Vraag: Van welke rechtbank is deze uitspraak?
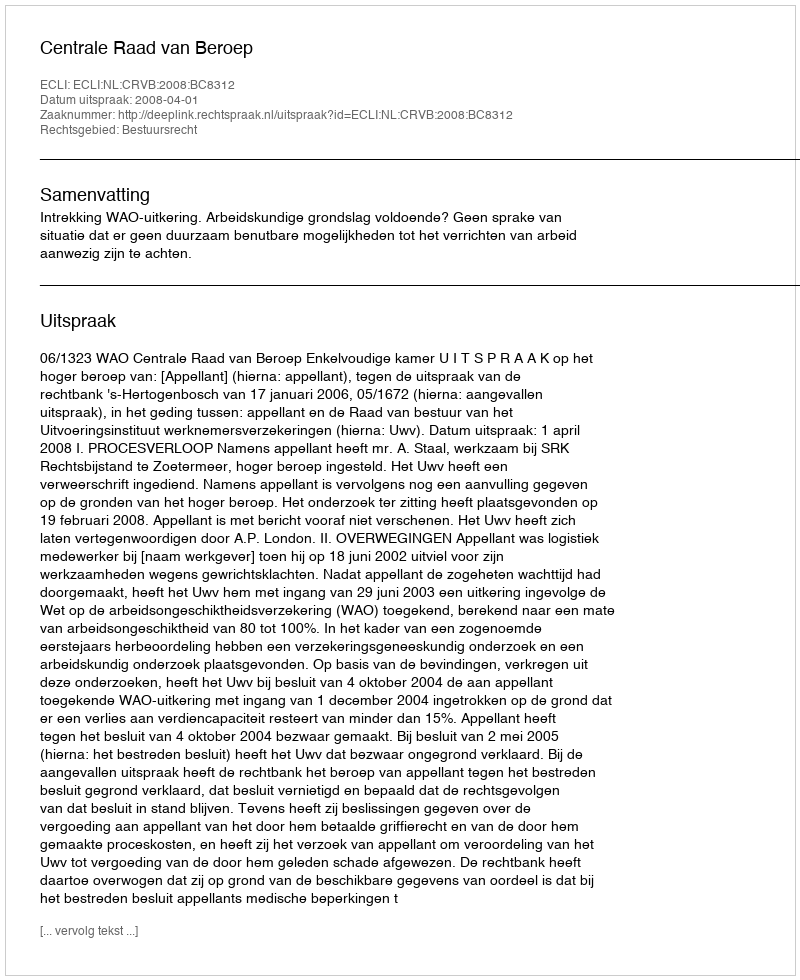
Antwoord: Centrale Raad van Beroep